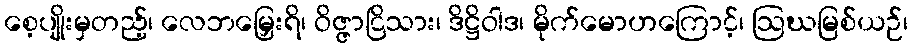
စေ့ပျိုးမှတည့်၊ လေဘမြှေးရိ၊ ဝိဇ္ဇာငြိသား၊ ဒိဋ္ဌိဝါဒ၊ မိုက်မောဟကြောင့်၊ ဩဃမြစ်ယဉ်၊